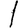
Digit: 1